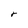
Character: r